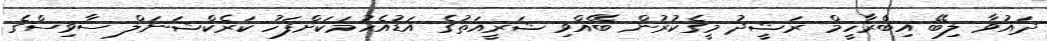
ދައުވާ ލިބޭ އިބްރާހީމް ރަޝީދު މީގެކުރުން ބޭއްވި ޝަރީއަތުގެ އަޑުއެހުމަކަށްފަހު ކަރެކްޝަނަލް ސާވިސްގެ